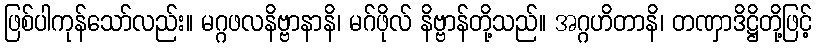
ဖြစ်ပါကုန်သော်လည်း။ မဂ္ဂဖလနိဗ္ဗာနာနိ၊ မဂ်ဖိုလ် နိဗ္ဗာန်တို့သည်။ အဂ္ဂဟိတာနိ၊ တဏှာဒိဋ္ဌိတို့ဖြင့်